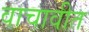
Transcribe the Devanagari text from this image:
वाचावीत